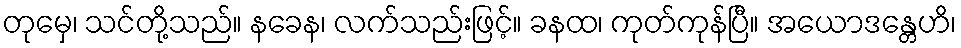
တုမှေ၊ သင်တို့သည်။ နခေန၊ လက်သည်းဖြင့်။ ခနထ၊ ကုတ်ကုန်ပြီ။ အယောဒန္တေဟိ၊